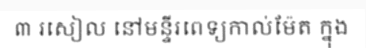
៣ រសៀល នៅមន្ទីរពេទ្យកាល់ម៉ែត ក្នុង